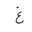
Letter: _gayn